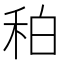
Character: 䄸